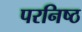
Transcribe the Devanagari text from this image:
परनिष्ठ